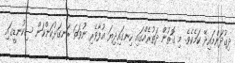
ދިގުދަންމައިދޭ ކަމެކެވެ. މި ގޮތުން ދަތުރެއްގައި ހިނގައިދިޔަ އުފާވެރި ނުވަތަ ރަނގަޅުކަންކަން ސިކުނޑީގައި